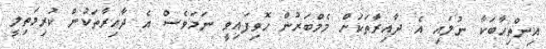
އިންތިހާބަކާ ނުލައި އެ ދާއިރާތަކަށް މެމްބަރުން ހޮވިފައިވީ ނަމަވެސް އެ ދާއިރާތަކުން ކުރިމަތިލީ